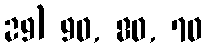
29) 90, 80, 70